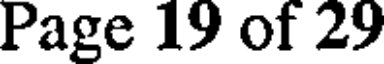
Page 19 of 29